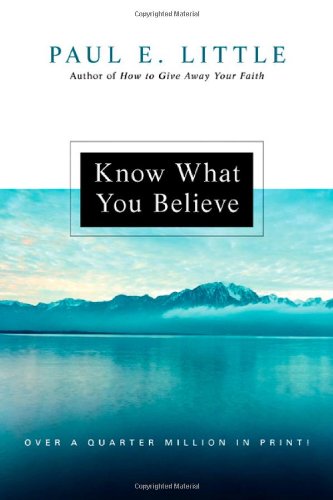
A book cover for Know What You Believe; Paul E. Little; Christian Books & Bibles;